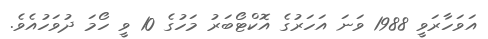
އަވަހާރަވީ 1988 ވަނަ އަހަރުގެ އޮކްޓޯބަރު މަހުގެ 10 ވީ ހޯމަ ދުވަހުއެވެ.